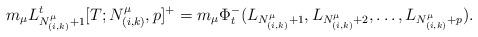
LaTeX: \begin{align*}m_{\mu} L_{N^\mu_{(i,k)}+1}^t [T; N_{(i,k)}^\mu, p]^+ = m_{\mu} \Phi^-_t (L_{N^\mu_{(i,k)}+1}, L_{N^\mu_{(i,k)}+2}, \dots, L_{N^\mu_{(i,k)}+p}). \end{align*}